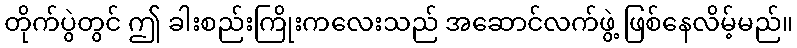
တိုက်ပွဲတွင် ဤ ခါးစည်းကြိုးကလေးသည် အဆောင်လက်ဖွဲ့ ဖြစ်နေလိမ့်မည်။